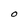
Character: O